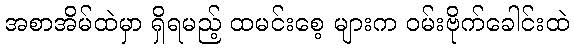
အစာအိမ်ထဲမှာ ရှိရမည့် ထမင်းစေ့ များက ဝမ်းဗိုက်ခေါင်းထဲ